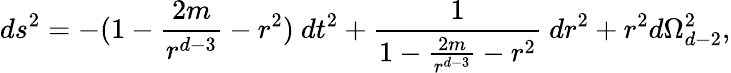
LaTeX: ds^{2}=-(1-\frac{2m}{r^{d-3}}-r^{2})\ dt^{2}+\frac{1}{1-\frac{2m}{r^{d-3}}-r^{2}}\ dr^{2}+r^{2}d\Omega_{d-2}^{2},